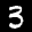
Label: 3